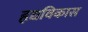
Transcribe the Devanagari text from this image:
हृद्यविकास